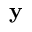
\mathbf { y }